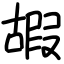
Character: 嘏